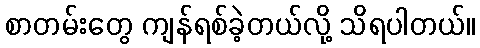
စာတမ်းတွေ ကျန်ရစ်ခဲ့တယ်လို့ သိရပါတယ်။